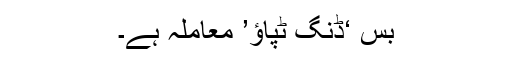
بس ‘ڈنگ ٹپاؤ’ معاملہ ہے۔